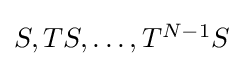
{\textstyle S,TS,\dots ,T^{N-1}S}